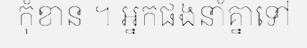
កុំខាន ។ អ្នកផងនាំគ្នាទៅ